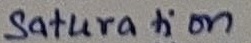
Text: Saturation